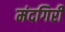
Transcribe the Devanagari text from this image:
मंदगिरी